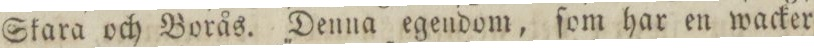
Skara och Borås. Denna egendom, ſom har en wacker